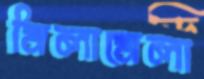
মিলামেলা